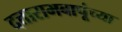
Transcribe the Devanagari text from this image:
दत्तारामबापूंच्या